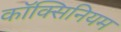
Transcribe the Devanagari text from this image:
कॉक्सिनियम